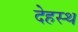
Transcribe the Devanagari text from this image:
देहस्थ